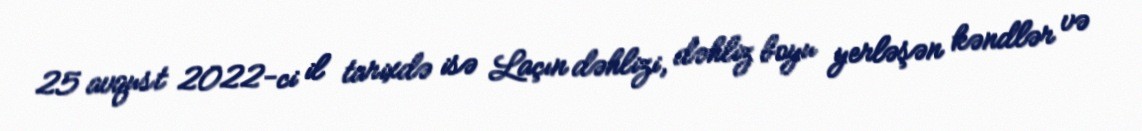
25 avqust 2022-ci il tarixdə isə Laçın dəhlizi, dəhliz boyu yerləşən kəndlər və